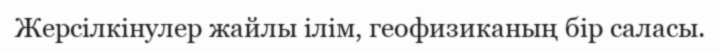
Жерсілкінулер жайлы ілім, геофизиканың бір саласы.